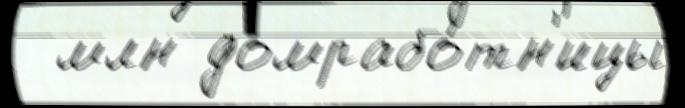
  млн домрабо́тн'ицы